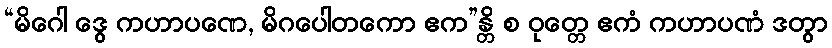
“မိဂေါ ဒွေ ကဟာပဏေ, မိဂပေါတကော ဧက”န္တိ စ ဝုတ္တေ ဧကံ ကဟာပဏံ ဒတွာ